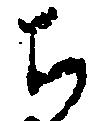
ち